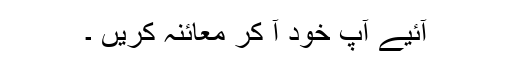
آئیے آپ خود آ کر معائنہ کریں ۔